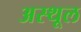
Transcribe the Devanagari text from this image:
अस्थूल